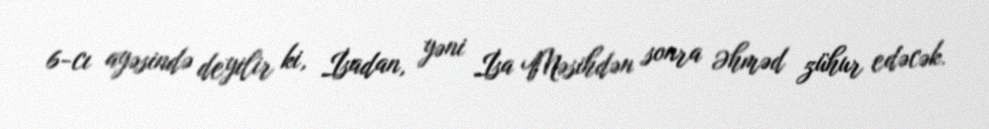
6-cı ayəsində deyilir ki, İsadan, yəni İsa Məsihdən sonra Əhməd zühur edəcək.